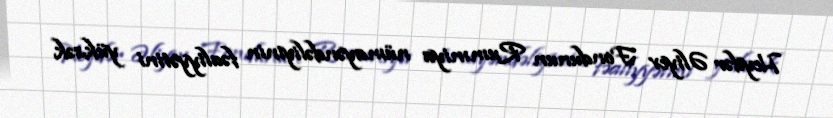
Heydər Əliyev Fondunun Rumıniya nümayəndəliyinin fəaliyyətini yüksək